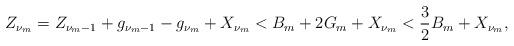
LaTeX: \begin{align*}Z_{\nu_m}&=Z_{\nu_m-1}+g_{\nu_m-1}-g_{\nu_m}+X_{\nu_m}<B_m+ 2G_m+ X_{\nu_m}<\frac{3}{2}B_m+ X_{\nu_m},\end{align*}